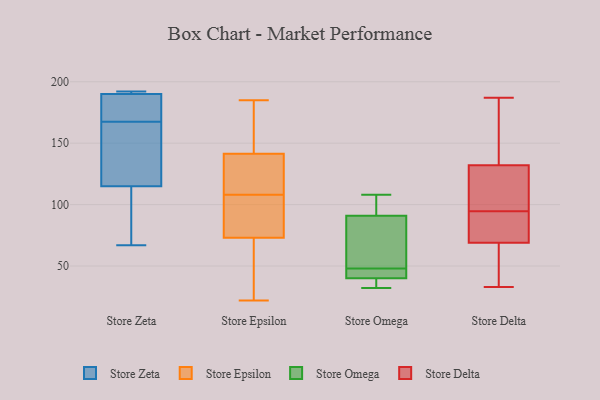
{"axis": {"x": "Net Income (USD K)", "y": "Value"}, "legend": ["Store Delta", "Store Epsilon", "Store Omega", "Store Zeta"], "data": [{"x": "", "y": 115, "type": "Store Zeta"}, {"x": "", "y": 88, "type": "Store Zeta"}, {"x": "", "y": 175, "type": "Store Zeta"}, {"x": "", "y": 151, "type": "Store Zeta"}, {"x": "", "y": 192, "type": "Store Zeta"}, {"x": "", "y": 190, "type": "Store Zeta"}, {"x": "", "y": 190, "type": "Store Zeta"}, {"x": "", "y": 172, "type": "Store Zeta"}, {"x": "", "y": 163, "type": "Store Zeta"}, {"x": "", "y": 67, "type": "Store Zeta"}, {"x": "", "y": 43, "type": "Store Epsilon"}, {"x": "", "y": 78, "type": "Store Epsilon"}, {"x": "", "y": 185, "type": "Store Epsilon"}, {"x": "", "y": 154, "type": "Store Epsilon"}, {"x": "", "y": 100, "type": "Store Epsilon"}, {"x": "", "y": 118, "type": "Store Epsilon"}, {"x": "", "y": 153, "type": "Store Epsilon"}, {"x": "", "y": 116, "type": "Store Epsilon"}, {"x": "", "y": 22, "type": "Store Epsilon"}, {"x": "", "y": 78, "type": "Store Epsilon"}, {"x": "", "y": 130, "type": "Store Epsilon"}, {"x": "", "y": 68, "type": "Store Epsilon"}, {"x": "", "y": 101, "type": "Store Omega"}, {"x": "", "y": 92, "type": "Store Omega"}, {"x": "", "y": 43, "type": "Store Omega"}, {"x": "", "y": 38, "type": "Store Omega"}, {"x": "", "y": 32, "type": "Store Omega"}, {"x": "", "y": 90, "type": "Store Omega"}, {"x": "", "y": 44, "type": "Store Omega"}, {"x": "", "y": 108, "type": "Store Omega"}, {"x": "", "y": 52, "type": "Store Omega"}, {"x": "", "y": 42, "type": "Store Omega"}, {"x": "", "y": 32, "type": "Store Omega"}, {"x": "", "y": 77, "type": "Store Omega"}, {"x": "", "y": 94, "type": "Store Delta"}, {"x": "", "y": 69, "type": "Store Delta"}, {"x": "", "y": 66, "type": "Store Delta"}, {"x": "", "y": 155, "type": "Store Delta"}, {"x": "", "y": 151, "type": "Store Delta"}, {"x": "", "y": 100, "type": "Store Delta"}, {"x": "", "y": 108, "type": "Store Delta"}, {"x": "", "y": 77, "type": "Store Delta"}, {"x": "", "y": 132, "type": "Store Delta"}, {"x": "", "y": 55, "type": "Store Delta"}, {"x": "", "y": 33, "type": "Store Delta"}, {"x": "", "y": 72, "type": "Store Delta"}, {"x": "", "y": 133, "type": "Store Delta"}, {"x": "", "y": 125, "type": "Store Delta"}, {"x": "", "y": 187, "type": "Store Delta"}, {"x": "", "y": 95, "type": "Store Delta"}, {"x": "", "y": 71, "type": "Store Delta"}, {"x": "", "y": 68, "type": "Store Delta"}]}